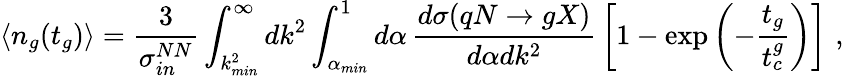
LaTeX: \langle n_{g}(t_{g})\rangle=\frac{3}{\sigma_{in}^{NN}}\int_{k_{min}^{2}}^{\infty}dk^{2}\int_{\alpha_{min}}^{1}d\alpha\, \frac{d\sigma(qN\rightarrow gX)}{d\alpha dk^{2}}\, \left[1-\exp\left(-\frac{t_{g}}{t_{c}^{g}}\right)\right]\, \, ,